Vaccination report Assam 1896-1927 - 1896-1927
Year: 1896
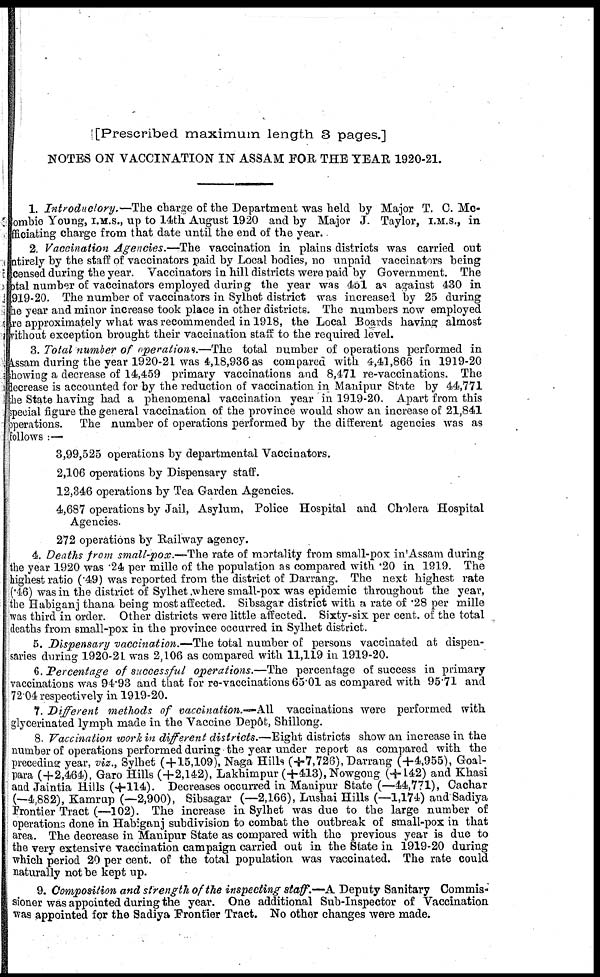
[Prescribed maximum length 3 pages.]
NOTES ON VACCINATION IN ASSAM FOR THE YEAR 1920-21.
1. Introductory.—The charge of the Department was held by Major T. C. Mc¬
Combie Young, I.M.S., up to 14th August 1920 and by Major J. Taylor, I.M.S., in
officiating charge from that date until the end of the year.
2. Vaccination Agencies.—The vaccination in plains districts was carried out
entirely by the staff of vaccinators paid by Local bodies, no unpaid vaccinators being
licensed during the year. Vaccinators in hill districts were paid by Government. The
total number of vaccinators employed during the year was 451 as against 430 in
1919-20. The number of vaccinators in Sylhet district was increased by 25 during
the year and minor increase took place in other districts. The numbers now employed
are approximately what was recommended in 1918, the Local Boards having almost
without exception brought their vaccination staff to the required level.
3. Total number of operations.—The total number of operations performed in
Assam during the year 1920-21 was 4,18,936 as compared with 4,41,866 in 1919-20
showing a decrease of 14,459 primary vaccinations and 8,471 re-vaccinations. The
decrease is accounted for by the reduction of vaccination in Manipur State by 44,771
the State having had a phenomenal vaccination year in 1919-20. Apart from this
special figure the general vaccination of the province would show an increase of 21,841
operations. The number of operations performed by the different agencies was as
followsof vaccination.-—All vaccinations were performed with:—
3,99,525 operations by departmental Vaccinators.
2,106 operations by Dispensary staff.
12,346 operations by Tea Garden Agencies.
4,687 operations by Jail, Asylum, Police Hospital and Cholera Hospital
Agencies.
272 operations by Railway agency.
4. Deaths from small-pox.—The rate of mortality from small-pox in Assam during
the year 1920 was .24 per mille of the population as compared with .20 in 1919. The
highest ratio (.49) was reported from the district of Darrang. The next highest rate
(.46) was in the district of Sylhet where small-pox was epidemic throughout the year,
the Habiganj thana being most affected. Sibsagar district with a rate of .28 per mille
was third in order. Other districts were little affected. Sixty-six per cent. of the total
deaths from small-pox in the province occurred in Sylhet district.
5. Dispensary vaccination.—The total number of persons vaccinated at dispen-
saries during 1920-21 was 2,106 as compared with 11,119 in 1919-20.
6. Percentage of successful operations.—The percentage of success in primary
vaccinations was 94.93 and that for re-vaccinations 65.01 as compared with 95.71 and
72.04 respectively in 1919-20.
7. Different methods of vaccination.-—All vaccinations were performed with
glycerinated lymph made in the Vaccine Depôt, Shillong.
8. Vaccination work in different districts.—Eight districts show an increase in the
number of operations performed during the year under report as compared with the
preceding year, viz., Sylhet (+15,109), Naga Hills (+7,726), Darrang (+4,955), Goal-
para (+2,464), Garo Hills (+2,142), Lakhimpur (+413),Nowgong (+142) and Khasi
and Jaintia Hills (+114). Decreases occurred in Manipur State (-44,771), Cachar
(-4,882), Kamrup (—2,900), Sibsagar (-2,166), Lushai Hills (-1,174) and Sadiya
Frontier Tract (-102). The increase in Sylhet was due to the large number of
operations done in Habiganj subdivision to combat the outbreak of small-pox in that
area. The decrease in Manipur State as compared with the previous year is due to
the very extensive vaccination campaign carried out in the State in 1919-20 during
which period 20 per cent. of the total population was vaccinated. The rate could
naturally not be kept up.
9. Composition and strength of the inspecting staff.—A Deputy Sanitary Commis-
sioner was appointed during the year. One additional Sub-Inspector of Vaccination
was appointed for the Sadiya Frontier Tract. No other changes were made.